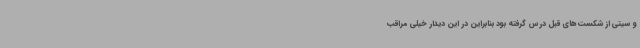
و سیتی از شکست های قبل درس گرفته بود بنابراین در این دیدار خیلی مراقب